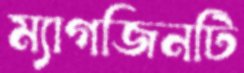
ম্যাগজিনটি